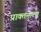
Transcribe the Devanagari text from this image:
प्राक्तनाला